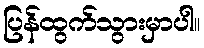
ပြန်ထွက်သွားမှာပါ။